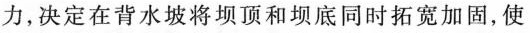
力，决定在背水坡将坝顶和坝底同时拓宽加固，使